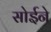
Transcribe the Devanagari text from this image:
सोईने